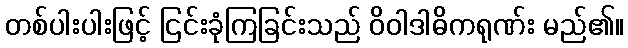
တစ်ပါးပါးဖြင့် ငြင်းခုံကြခြင်းသည် ဝိဝါဒါဓိကရုဏ်း မည်၏။